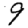
Digit: 9